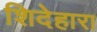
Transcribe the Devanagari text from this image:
शिदेहारा